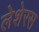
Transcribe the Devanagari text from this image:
लेशेरस